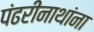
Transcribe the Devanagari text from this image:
पंढरीनाथांना